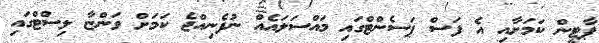
ޕާޓީން ކަމަށާއި އެ ފަސް ޕަސެންޓްގައި މައްސަލައެއް ނުފެނިއްޖެ ކަމަށް ވަންޏާ ލިސްޓްގައި